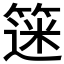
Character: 𫂗